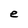
Character: e